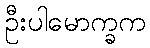
ဦးပါမောက္ခက